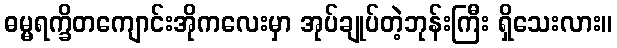
ဓမ္မရက္ခိတကျောင်းအိုကလေးမှာ အုပ်ချုပ်တဲ့ဘုန်းကြီး ရှိသေးလား။